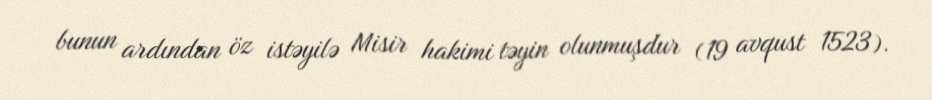
bunun ardından öz istəyilə Misir hakimi təyin olunmuşdur (19 avqust 1523).